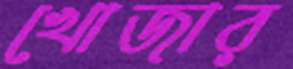
খোজার